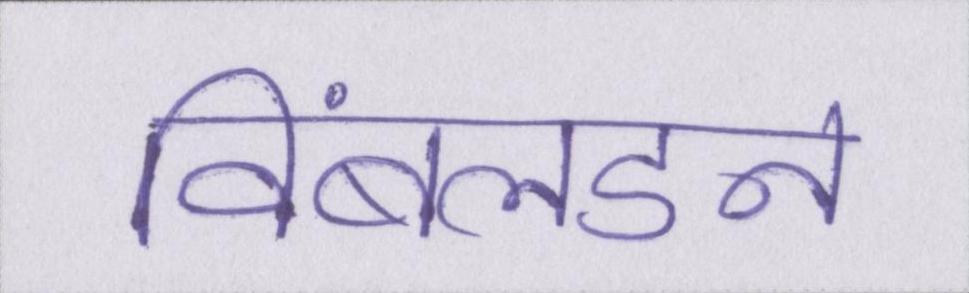
विंबलडन